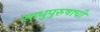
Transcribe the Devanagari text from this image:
साधुपुरुषाची